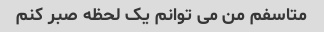
متاسفم من می توانم یک لحظه صبر کنم